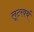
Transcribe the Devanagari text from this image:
लूटरवर्थ